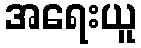
အရေးယူ